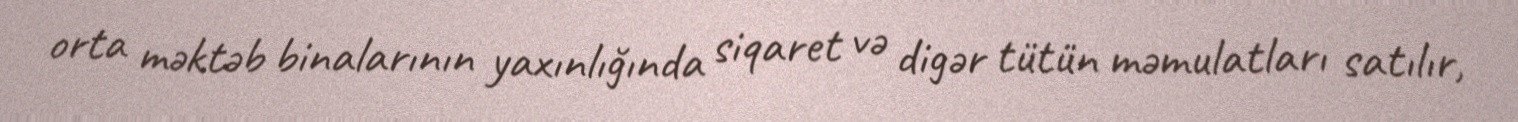
orta məktəb binalarının yaxınlığında siqaret və digər tütün məmulatları satılır,